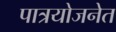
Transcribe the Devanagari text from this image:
पात्रयोजनेत